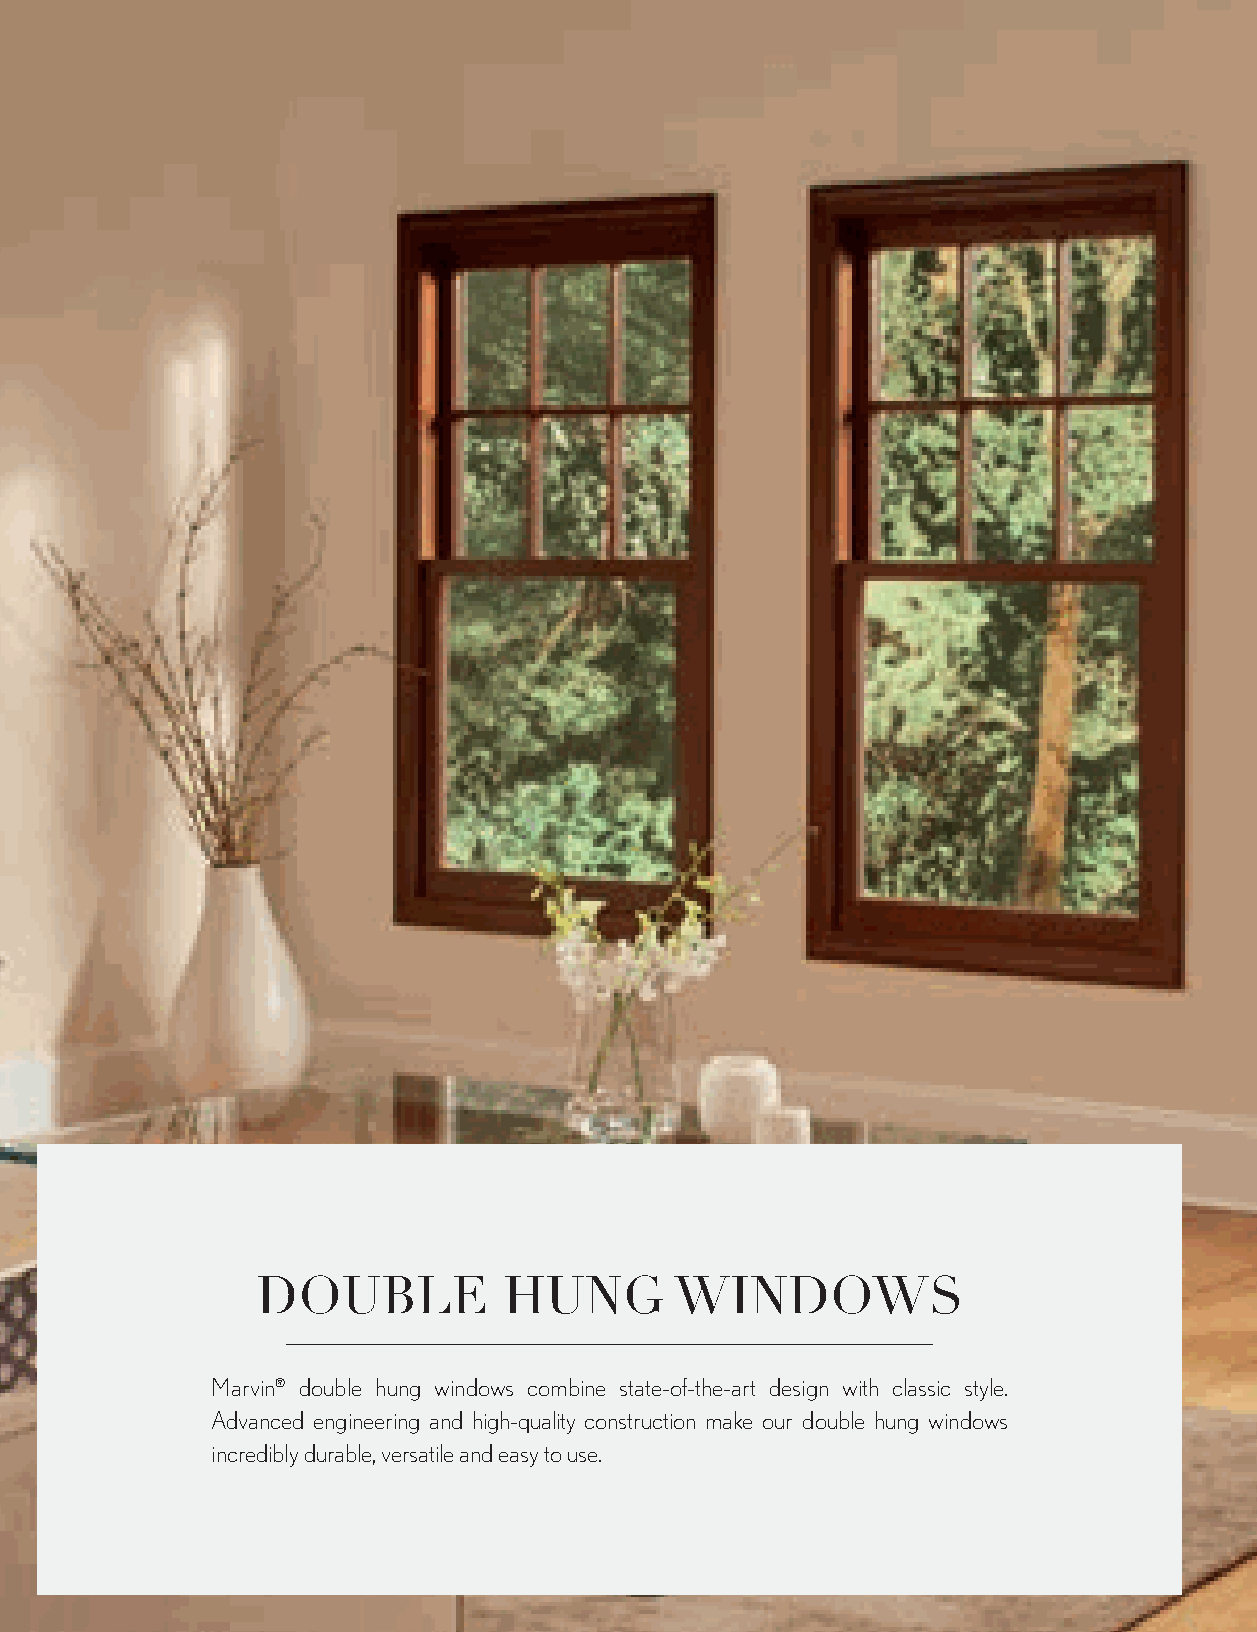
DOUBLE          HUNG        WINDOWS
 Marvin® double hung windows combine state-of-the-art design with classic style.
 Advanced engineering and high-quality construction make our double hung windows
 incredibly durable, versatile and easy to use.